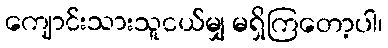
ကျောင်းသားသူငယ်မျှ မရှိကြတော့ပါ၊